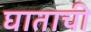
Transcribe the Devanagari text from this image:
घाताची